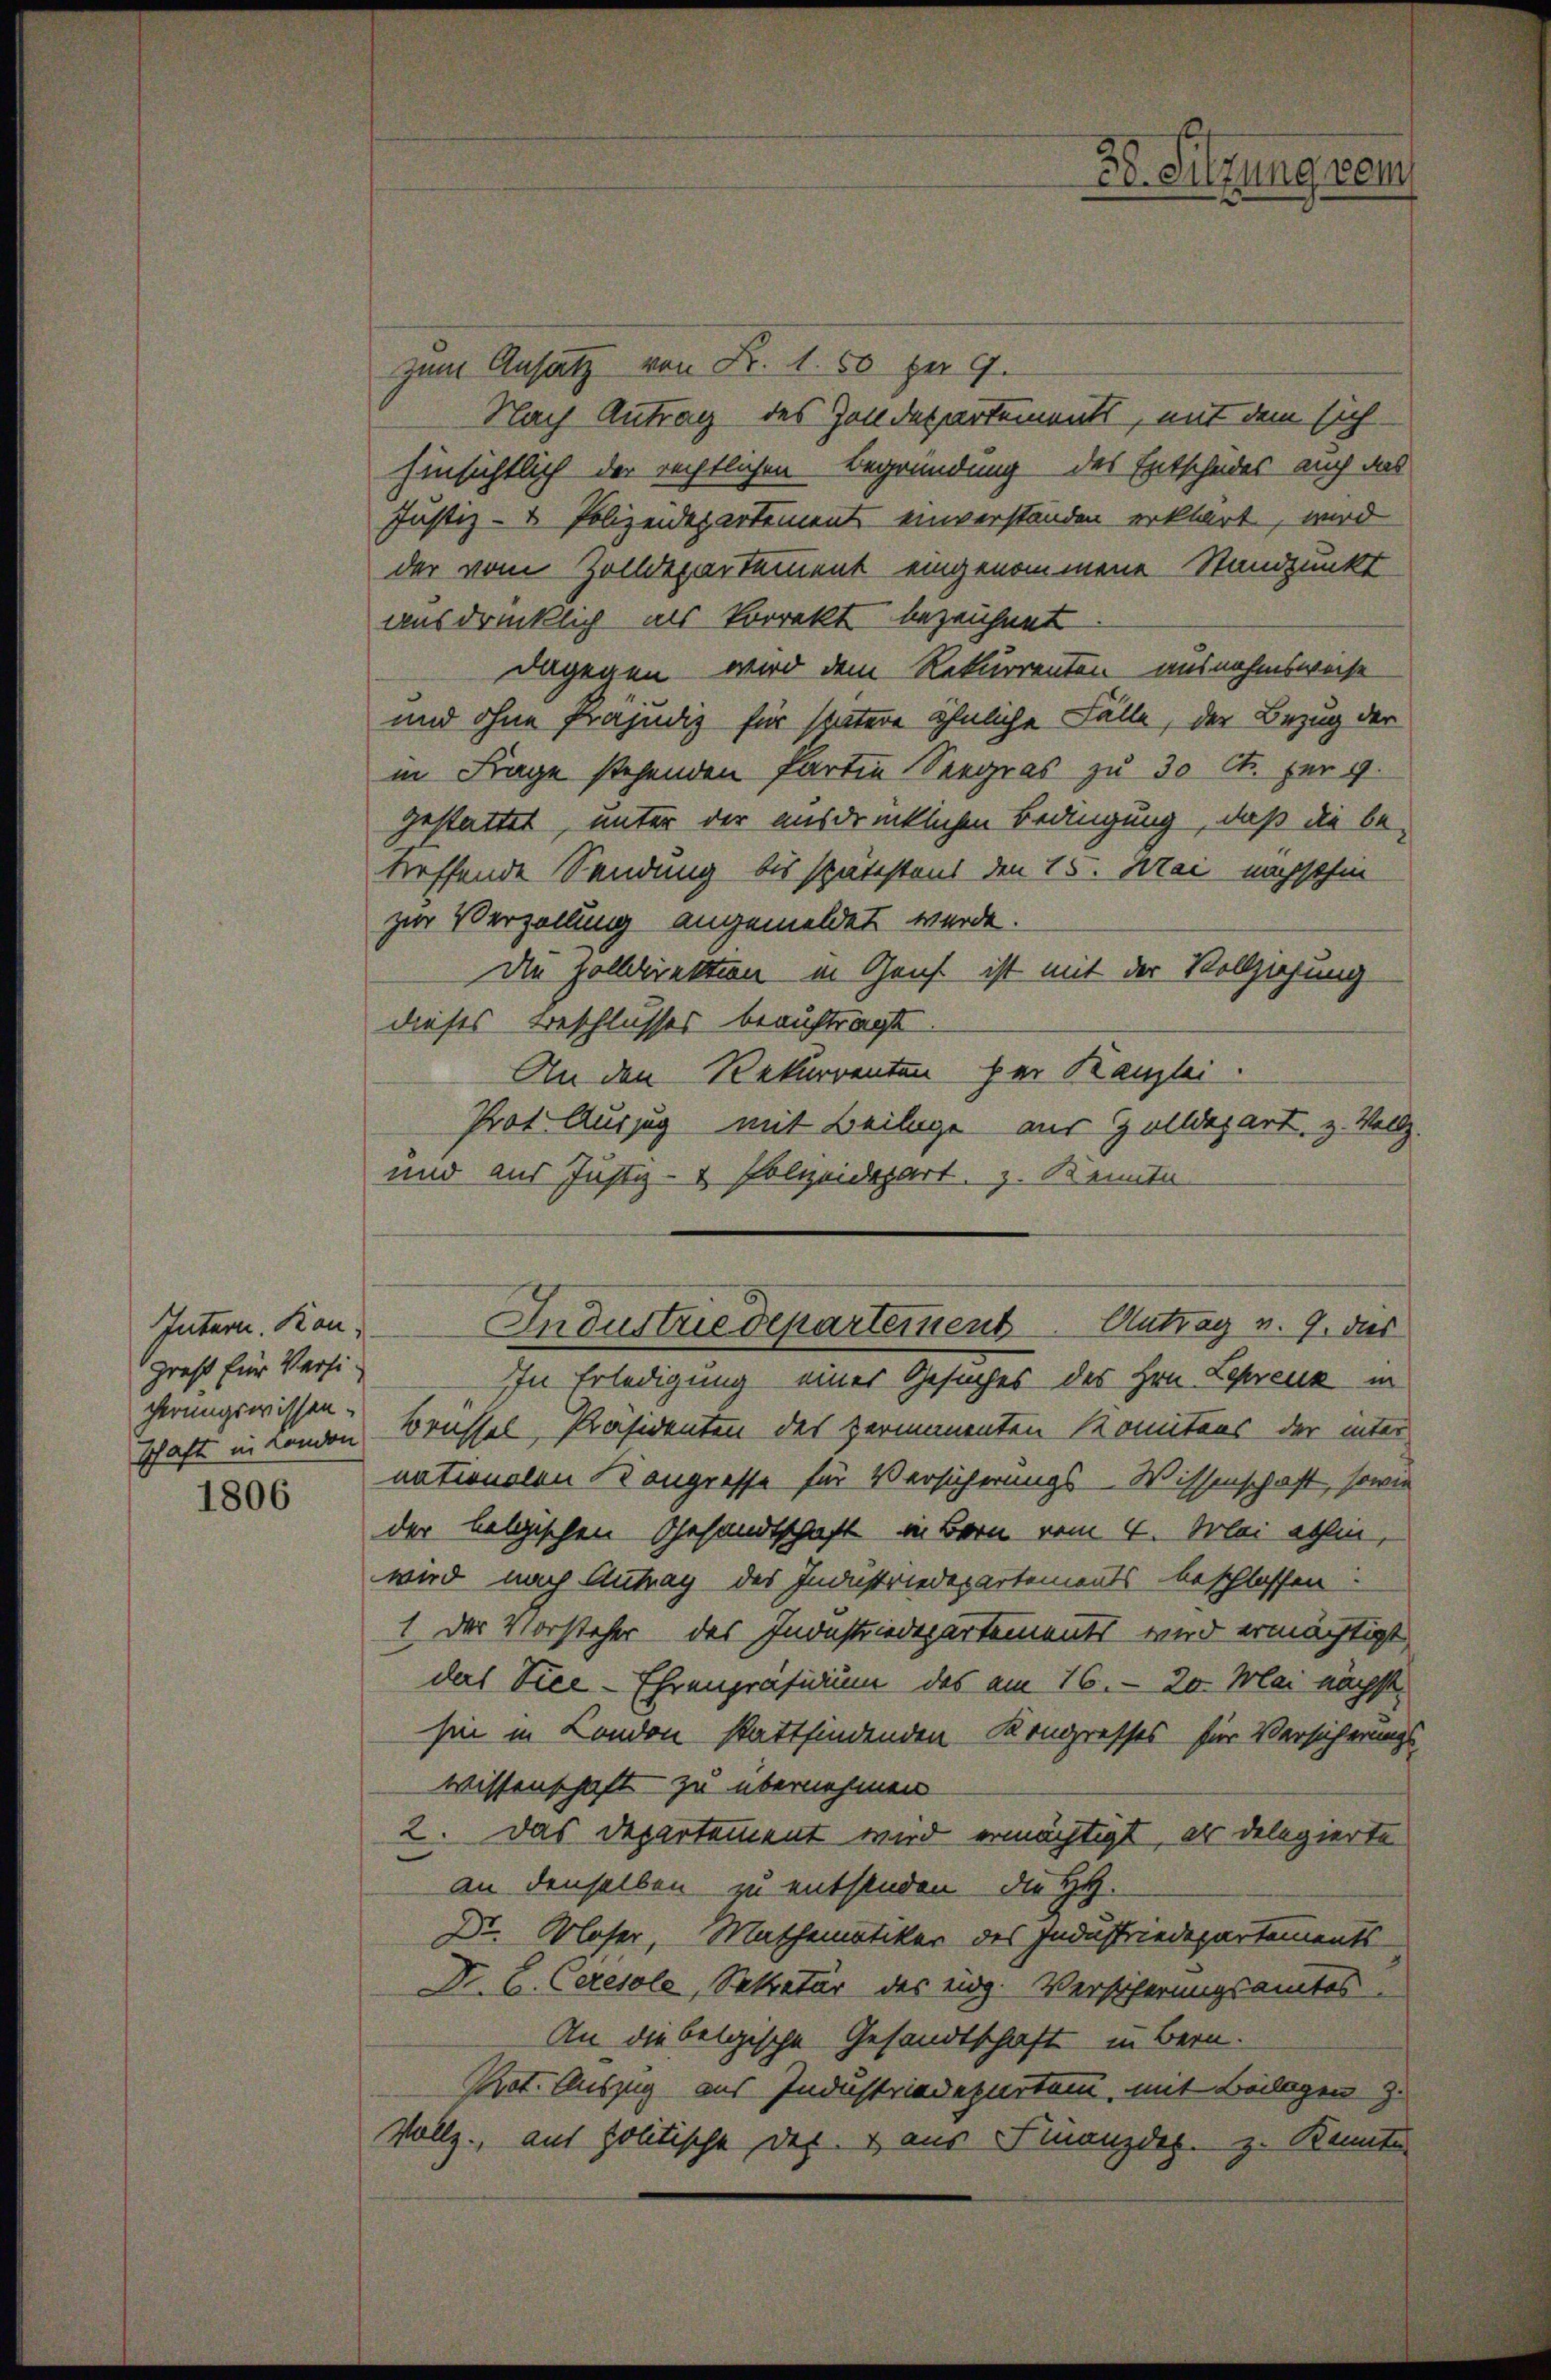
Intern. Kangreß für Versi-
cherungswissen.

1806

zum Ansatz von Fr. 1. 50 pr 9.
Nach Antrag des Zolldepartements, mit dem sich
Einsichtlich der rechtlichen Begründung des Entscheides auch das
Justiz- & Polizeidepartement einverständen erklärt, wird
der vom Zolldepartement eingenommene Standpunkt
ausdrücklich als korrekt bezeichnet
dagegen wird dem Rekurrenten ausnahmsweise
und ohne Präjudiz für spätere ähnliche Fälle, der Bezug der
in Frage stehenden Parten Seegras zu 30 Ct. für 9.
gestattet, unter der ausdrücklichen Bedingung, daß die be-
treffende Sendung bis spätestens den 15. Mai nachsthin
zur Verfüllung angemeldet werde.
Die Holldirektion in Genf ist mit der Vollziehung
dieses Beschlusses beauftragt
An den Rekurrenten her Kanzlei.
Prot Auszug mit Beilage aus Zolldepart, z. Vollz
und aus Justiz- & Polizeidepart z. Kenntn
Antrag v. 9. dies
Industriedepartement
In Erledigung einer Gesuches des Hrn. Lepreuz in
Schaft intenden Brüssel, Präsidenten des permanenten Komitans der inter
nationalen Kongresse für Versicherungs- Wissenschaft, sowie
der belgischen Gesandtschaft in Bern vom 4. Mai ethin,
wird nach Antrag des Industriedepartements beschlossen
1. Der Vorsteher des Industriedepartements wird ermächtigt,
das Vice- Ehrenpräsidium das am 16. 20. Mai nächst
hien in London stattfindenden Kongresses für Versicherungs-
wissenschaft - zu übernehmen.
2. Das Departement wird ermächtigt, als delegierte
an denselben zu entsenden die HH.
Dr. Bloser, Mathematiker des Industriedepartements
Dr. C. Ceresole, Sekretär des eidg. Versicherungsamtes
An die belgische Gesandtschaft in Bern.
Pot. Auszug aus Industriedepartem, mit Beilagen z.
Vollz., aus politische des & aus Finanzdes. z. Kante

38. Sitzung vom